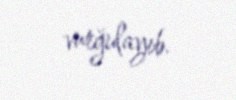
vurğulayıb.